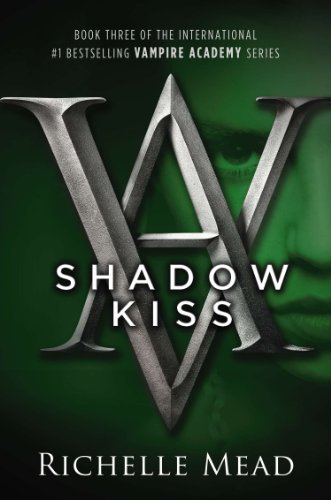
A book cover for Shadow Kiss (Vampire Academy, Book 3); Richelle Mead; Teen & Young Adult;